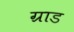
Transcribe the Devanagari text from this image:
ग्राड